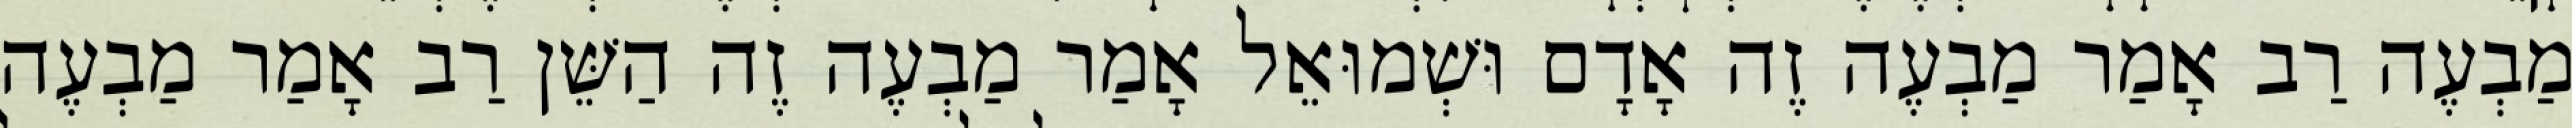
מַבְעֶה רַב אָמַר מַבְעֶה זֶה אָדָם וּשְׁמוּאֵל אָמַר מַבְעֶה זֶה הַשֵּׁן רַב אָמַר מַבְעֶה